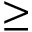
\geq